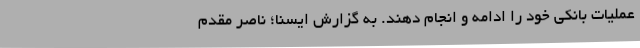
عملیات بانکی خود را ادامه و انجام دهند. به گزارش ایسنا؛ ناصر مقدم